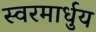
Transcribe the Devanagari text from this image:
स्‍वरमार्धुय